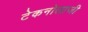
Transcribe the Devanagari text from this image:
टेकनोलाजी